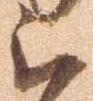
被